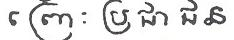
ព្រោះ ប្រជាជន